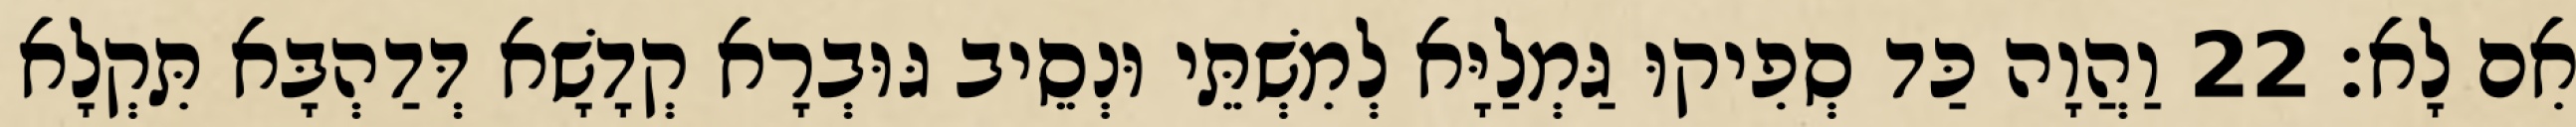
אִם לָא׃ 22 וַהֲוָה כַּד סְפִיקוּ גַּמְלַיָּא לְמִשְׁתֵּי וּנְסֵיב גּוּבְרָא קְדָשָׁא דְּדַהְבָּא תִּקְלָא